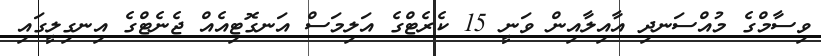
ވިސާމްގެ މުއްސަނދި އާއިލާއިން ވަނީ 15 ކެރެޓްގެ އަލިމަސް އަނގޮޓިއެއް ޖެނެޓްގެ އިނގިލީގައި